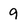
Character: 9